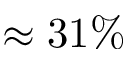
\approx 3 1 \%